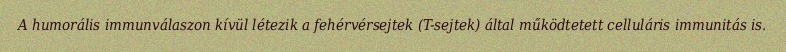
A humorális immunválaszon kívül létezik a fehérvérsejtek (T-sejtek) által működtetett celluláris immunitás is.